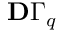
\ensuremath Ḋ \mathbf Ḋ \Gamma Ḍ Ḍ _ { q }